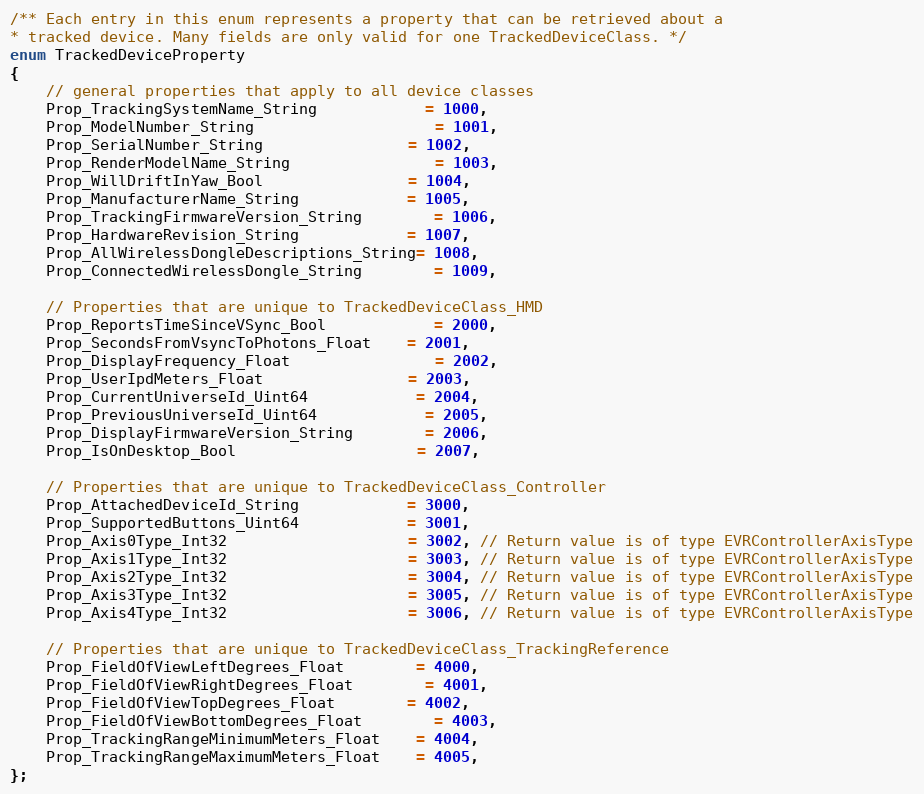
Language: C
/** Each entry in this enum represents a property that can be retrieved about a
* tracked device. Many fields are only valid for one TrackedDeviceClass. */
enum TrackedDeviceProperty
{
	// general properties that apply to all device classes
	Prop_TrackingSystemName_String			= 1000,
	Prop_ModelNumber_String					= 1001,
	Prop_SerialNumber_String				= 1002,
	Prop_RenderModelName_String				= 1003,
	Prop_WillDriftInYaw_Bool				= 1004,
	Prop_ManufacturerName_String			= 1005,
	Prop_TrackingFirmwareVersion_String		= 1006,
	Prop_HardwareRevision_String			= 1007,
	Prop_AllWirelessDongleDescriptions_String= 1008,
	Prop_ConnectedWirelessDongle_String		= 1009,

	// Properties that are unique to TrackedDeviceClass_HMD
	Prop_ReportsTimeSinceVSync_Bool			= 2000,
	Prop_SecondsFromVsyncToPhotons_Float	= 2001,
	Prop_DisplayFrequency_Float				= 2002,
	Prop_UserIpdMeters_Float				= 2003,
	Prop_CurrentUniverseId_Uint64			= 2004,
	Prop_PreviousUniverseId_Uint64			= 2005,
	Prop_DisplayFirmwareVersion_String		= 2006,
	Prop_IsOnDesktop_Bool					= 2007,

	// Properties that are unique to TrackedDeviceClass_Controller
	Prop_AttachedDeviceId_String			= 3000,
	Prop_SupportedButtons_Uint64			= 3001,
	Prop_Axis0Type_Int32					= 3002, // Return value is of type EVRControllerAxisType
	Prop_Axis1Type_Int32					= 3003, // Return value is of type EVRControllerAxisType
	Prop_Axis2Type_Int32					= 3004, // Return value is of type EVRControllerAxisType
	Prop_Axis3Type_Int32					= 3005, // Return value is of type EVRControllerAxisType
	Prop_Axis4Type_Int32					= 3006, // Return value is of type EVRControllerAxisType

	// Properties that are unique to TrackedDeviceClass_TrackingReference
	Prop_FieldOfViewLeftDegrees_Float		= 4000,
	Prop_FieldOfViewRightDegrees_Float		= 4001,
	Prop_FieldOfViewTopDegrees_Float		= 4002,
	Prop_FieldOfViewBottomDegrees_Float		= 4003,
	Prop_TrackingRangeMinimumMeters_Float	= 4004,
	Prop_TrackingRangeMaximumMeters_Float	= 4005,
};